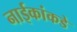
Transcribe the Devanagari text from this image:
नाईकांकडे